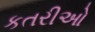
કતરીઓ